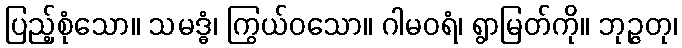
ပြည့်စုံသော။ သမဒ္ဓံ၊ ကြွယ်ဝသော။ ဂါမဝရံ၊ ရွာမြတ်ကို။ ဘုဉ္ဇတု၊